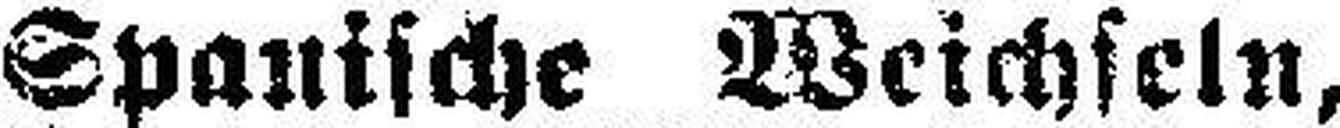
Spanische Weichseln,